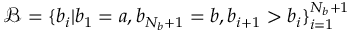
\mathcal { B } = \{ b _ { i } | b _ { 1 } = a , b _ { N _ { b } + 1 } = b , b _ { i + 1 } > b _ { i } \} _ { i = 1 } ^ { N _ { b } + 1 }